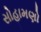
સોહામણો